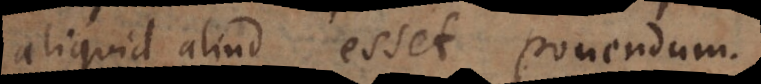
aliquid aliud esset ponendum.